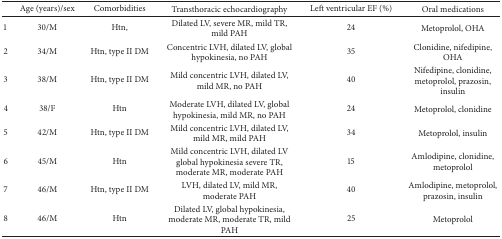
|  | Age (years)/sex | Comorbidities | Transthoracic echocardiography | Left ventricular EF (%) | Oral medications |
 | --- | --- | --- | --- | --- | --- |
 | 1 | 30/M | Htn, | Dilated LV, severe MR, mild TR, mild PAH | 24 | Metoprolol, OHA |
 | 2 | 34/M | Htn, type II DM | Concentric LVH, dilated LV, global hypokinesia, no PAH | 35 | Clonidine, nifedipine, OHA |
 | 3 | 38/M | Htn, type II DM | Mild concentric LVH, dilated LV, mild MR, no PAH | 40 | Nifedipine, clonidine, metoprolol, prazosin, insulin |
 | 4 | 38/F | Htn | Moderate LVH, dilated LV, global hypokinesia, mild MR, no PAH | 24 | Metoprolol, clonidine |
 | 5 | 42/M | Htn, type II DM | Mild concentric LVH, dilated LV, mild MR, mild PAH | 34 | Metoprolol, insulin |
 | 6 | 45/M | Htn | Mild concentric LVH, dilated LV global hypokinesia severe TR, moderate MR, moderate PAH | 15 | Amlodipine, clonidine, metoprolol |
 | 7 | 46/M | Htn, type II DM | LVH, dilated LV, mild MR, moderate PAH | 40 | Amlodipine, metoprolol, prazosin, insulin |
 | 8 | 46/M | Htn | Dilated LV, global hypokinesia, moderate MR, moderate TR, mild PAH | 25 | Metoprolol |